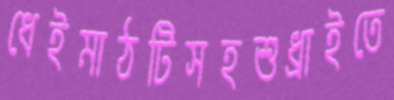
ধেইমাঠটিসহশুধ্‌রাইতে